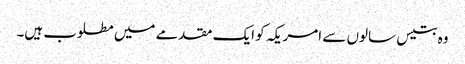
وہ بتیس سالوں سے امریکہ کو ایک مقدمے میں مطلوب ہیں۔